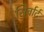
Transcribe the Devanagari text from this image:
सिर्वार्ट